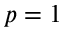
p = 1